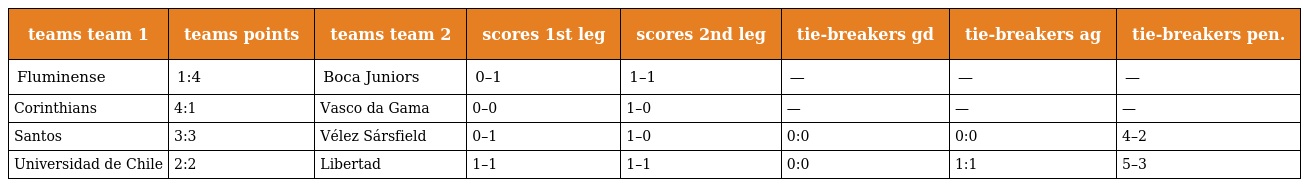
| teams team 1 | teams points | teams team 2 | scores 1st leg | scores 2nd leg | tie-breakers gd | tie-breakers ag | tie-breakers pen. |
 | --- | --- | --- | --- | --- | --- | --- | --- |
 | Fluminense | 1:4 | Boca Juniors | 0–1 | 1–1 | — | — | — |
 | Corinthians | 4:1 | Vasco da Gama | 0–0 | 1–0 | — | — | — |
 | Santos | 3:3 | Vélez Sársfield | 0–1 | 1–0 | 0:0 | 0:0 | 4–2 |
 | Universidad de Chile | 2:2 | Libertad | 1–1 | 1–1 | 0:0 | 1:1 | 5–3 |